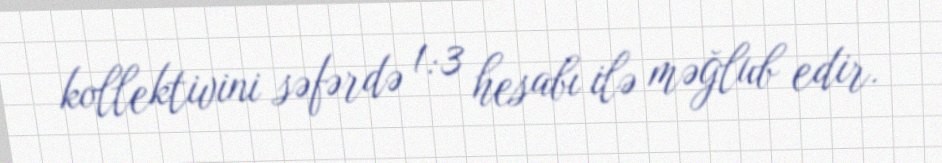
kollektivini səfərdə 1:3 hesabı ilə məğlub edir.